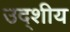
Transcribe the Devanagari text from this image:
उद्शीय